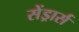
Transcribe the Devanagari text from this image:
सेंड्रार्स